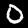
Digit: 0